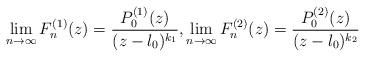
LaTeX: \begin{align*}\lim_{n\to\infty} F_n^{(1)}(z)=\frac{P_0^{(1)}(z)}{(z-\l_0)^{k_1}},\lim_{n\to\infty} F_n^{(2)}(z)=\frac{P_0^{(2)}(z)}{(z-\l_0)^{k_2}}\end{align*}